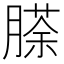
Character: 𮌵